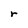
Character: r